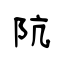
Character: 阬